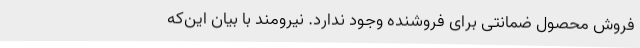
فروش محصول ضمانتی برای فروشنده وجود ندارد. نیرومند با بیان این‌که